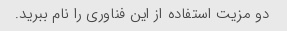
دو مزیت استفاده از این فناوری را نام ببرید.